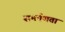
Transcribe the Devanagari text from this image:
समर्पणता